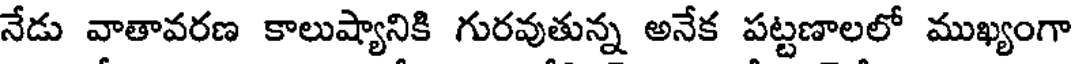
నేడు వాతావరణ కాలుష్యానికి గురవుతున్న అనేక పట్టణాలలో ముఖ్యంగా